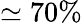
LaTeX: \simeq 70\%